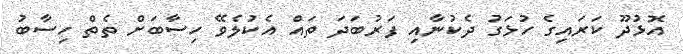
އޮޅުދޫ ކަރައިގެ ހުޅަގު ދެކުނާއި ފަރުބަދަ ތައް އެކުލެވޭ ހިސާބަށް ތެތް ހިސާބު